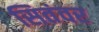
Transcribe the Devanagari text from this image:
सितंवर